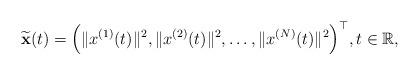
LaTeX: \begin{align*}\widetilde{\mathbf{x}}(t)=\Big(\|x^{(1)}(t)\|^2,\|x^{(2)}(t)\|^2,\dots,\|x^{(N)}(t)\|^2\Big)^{\top},t\in\mathbb{R},\end{align*}